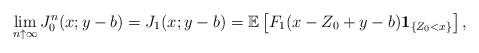
LaTeX: \begin{align*}\lim_{n \uparrow \infty} J_0^n(x;y-b)=J_1(x;y-b)=\mathbb E\left[F_1(x-Z_0+y-b)\textbf{1}_{\{Z_0 <x\}}\right],\end{align*}